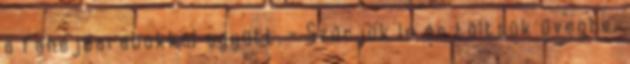
a fahéjdarabokkal együtt. - Szűrjük le és töltsük üvegbe.